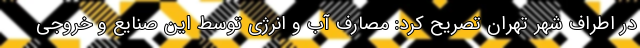
در اطراف شهر تهران تصریح کرد: مصارف آب و انرژی توسط این صنایع و خروجی